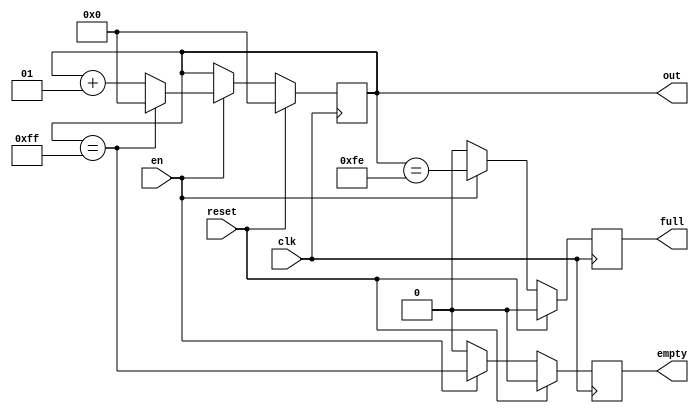
module range_counter(
     clk, reset, en,
     out, empty, full
  );
  parameter integer MIN = 0;
  parameter integer MAX = 255;
  parameter integer INC = 1;    
  input clk, reset, en;
  output integer out;
  output reg empty; 
  output reg full; 
  always @(posedge clk)
    if (reset) begin
      out <= MIN;
      full <= 0;
      empty <= 0;
    end else if (en) begin
      full  <= (out == MAX - INC);
      empty <= (out == MAX);
      out   <= (out == MAX) ? MIN : out + INC;
    end else begin
      full <= 0;
      empty <= 0;
    end
endmodule